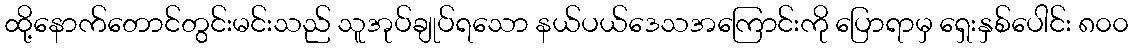
ထို့နောက်တောင်တွင်းမင်းသည် သူအုပ်ချုပ်ရသော နယ်ပယ်ဒေသအကြောင်းကို ပြောရာမှ ရှေးနှစ်ပေါင်း ၈၀၀